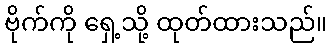
ဗိုက်ကို ရှေ့သို့ ထုတ်ထားသည်။